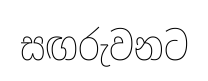
සඟරුවනට